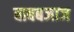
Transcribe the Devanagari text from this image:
बाबबजाज